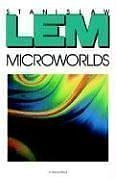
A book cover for Microworlds; Stanislaw Lem; Science Fiction & Fantasy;